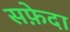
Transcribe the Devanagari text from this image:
सफ़ेदा